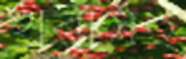
খরাসহ